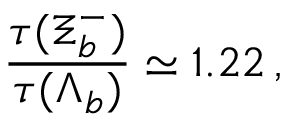
\frac { \tau ( \Xi _ { b } ^ { - } ) } { \tau ( \Lambda _ { b } ) } \simeq 1 . 2 2 \, ,